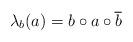
LaTeX: \begin{align*}\lambda_b(a)=b\circ a\circ\overline{b}\quad\\\end{align*}